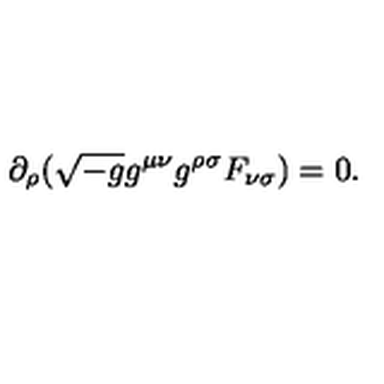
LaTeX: \partial _ { \rho } ( \sqrt { - g } g ^ { \mu \nu } g ^ { \rho \sigma } F _ { \nu \sigma } ) = 0 .